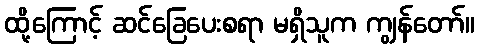
ထို့ကြောင့် ဆင်ခြေပေးစရာ မရှိသူက ကျွန်တော်။